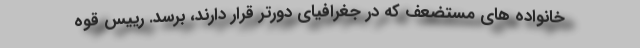
خانواده های مستضعف که در جغرافیای دورتر قرار دارند، برسد. رییس قوه